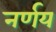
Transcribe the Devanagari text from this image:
नर्णय